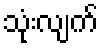
သုံးလျက်